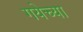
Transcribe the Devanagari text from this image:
गयेच्या